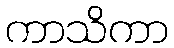
ကာသိကာ